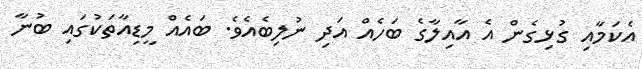
އެކަމާއި ގުޅިގެން އެ އާއިލާގެ ބަހެއް އަދި ނުލިބެއެވެ. ބައެއް މީޑިއާތަކުގައި ބުނާ